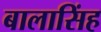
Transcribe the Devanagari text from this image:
बालासिंह